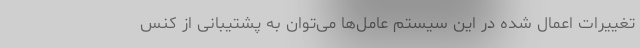
تغییرات اعمال شده در این سیستم عامل‌ها می‌توان به پشتیبانی از کنس